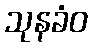
သုနခံဝ